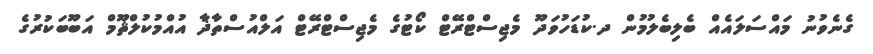
ގެނެވުނު މައްސަލައެއް ބެލިބެލުމުން ދ.ކުޑަހުވަދޫ މެޖިސްޓްރޭޓް ކޯޓުގެ މެޖިސްޓްރޭޓް އަލްއުސްތާޛާ އުއްމުކުލްޘޫމް އަބޫބަކުރުގެ